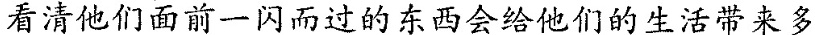
看清他们面前一闪而过的东西会给他们的生活带来多